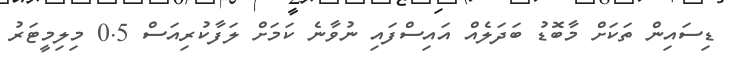
ޑިސައިން ތަކަށް މާބޮޑު ބަދަލެއް އައިސްފައި ނުވާނެ ކަމަށް ލަފާކުރިއަސް 0.5 މިލިމީޓަރު